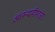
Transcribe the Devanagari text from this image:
आनन्दमीमांसा